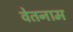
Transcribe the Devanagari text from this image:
वेतनाम